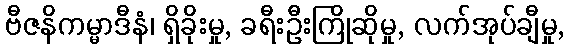
ဗီဇနိကမ္မာဒီနံ၊ ရှိခိုးမှု, ခရီးဦးကြိုဆိုမှု, လက်အုပ်ချီမှု,